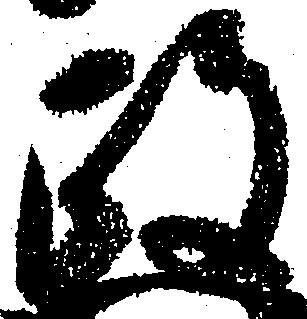
政